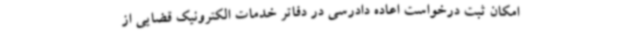
امکان ثبت درخواست اعاده دادرسی در دفاتر خدمات الکترونیک قضایی از